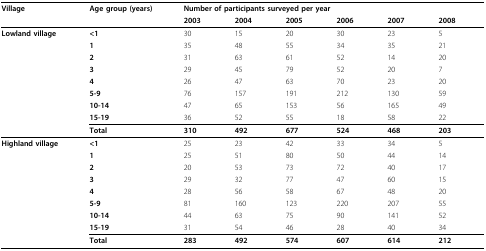
| Village | Age group (years) | <COLSPAN=6> Number of participants surveyed per year |
 |  |  | 2003 | 2004 | 2005 | 2006 | 2007 | 2008 |
 | --- | --- | --- | --- | --- | --- | --- | --- |
 | Lowland village | <1 | 30 | 15 | 20 | 30 | 23 | 5 |
 |  | 1 | 35 | 48 | 55 | 34 | 35 | 21 |
 |  | 2 | 31 | 63 | 61 | 52 | 14 | 20 |
 |  | 3 | 29 | 45 | 79 | 52 | 20 | 7 |
 |  | 4 | 26 | 47 | 63 | 70 | 23 | 20 |
 |  | 5-9 | 76 | 157 | 191 | 212 | 130 | 59 |
 |  | 10-14 | 47 | 65 | 153 | 56 | 165 | 49 |
 |  | 15-19 | 36 | 52 | 55 | 18 | 58 | 22 |
 |  | Total | 310 | 492 | 677 | 524 | 468 | 203 |
 | Highland village | <1 | 25 | 23 | 42 | 33 | 34 | 5 |
 |  | 1 | 25 | 51 | 80 | 50 | 44 | 14 |
 |  | 2 | 20 | 53 | 73 | 72 | 40 | 17 |
 |  | 3 | 29 | 32 | 77 | 47 | 60 | 15 |
 |  | 4 | 28 | 56 | 58 | 67 | 48 | 20 |
 |  | 5-9 | 81 | 160 | 123 | 220 | 207 | 55 |
 |  | 10-14 | 44 | 63 | 75 | 90 | 141 | 52 |
 |  | 15-19 | 31 | 54 | 46 | 28 | 40 | 34 |
 |  | Total | 283 | 492 | 574 | 607 | 614 | 212 |